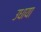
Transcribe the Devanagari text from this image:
उधाया